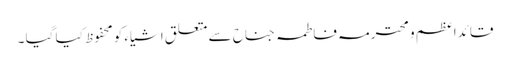
قائدا عظم و محترمہ فاطمہ جناح سے متعلق اشیاء کو محفوظ کیا گیا ۔